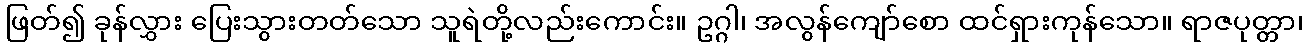
ဖြတ်၍ ခုန်လွှား ပြေးသွားတတ်သော သူရဲတို့လည်းကောင်း။ ဥဂ္ဂါ၊ အလွန်ကျော်စော ထင်ရှားကုန်သော။ ရာဇပုတ္တာ၊